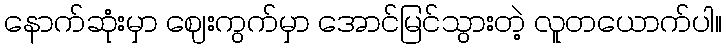
နောက်ဆုံးမှာ ဈေးကွက်မှာ အောင်မြင်သွားတဲ့ လူတယောက်ပါ။